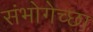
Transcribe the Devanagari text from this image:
संभोगेच्छा